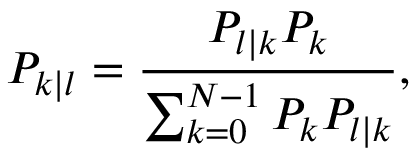
P _ { k | l } = \frac { P _ { l | k } P _ { k } } { \sum _ { k = 0 } ^ { N - 1 } P _ { k } P _ { l | k } } ,